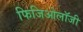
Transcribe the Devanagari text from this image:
फिजिओलॉजी